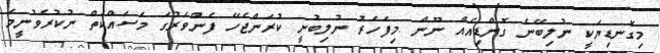
މިގޮނޑިޔަކީ ނުލިބޭނެ ގޮންޑިއެއް ނޫން .މިފަހަރު ނުލިބުނީ ކުރަންޖެހޭ ފެންވަރުގަ މަސައްކަތް ނުކުރެވުނީމަ